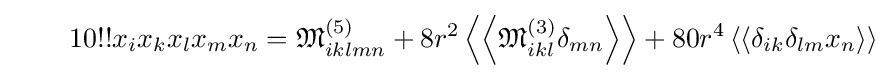
\qquad 10!!x_{i}x_{k}x_{l}x_{m}x_{n}={\mathfrak {M}}_{iklmn}^{(5)}+8r^{2}\left\langle \left\langle {\mathfrak {M}}_{ikl}^{(3)}\delta _{mn}\right\rangle \right\rangle +80r^{4}\left\langle \left\langle \delta _{ik}\delta _{lm}x_{n}\right\rangle \right\rangle